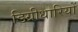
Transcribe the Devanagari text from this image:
डिग्रीधारियों